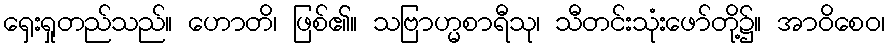
ရှေးရှုတည်သည်။ ဟောတိ၊ ဖြစ်၏။ သဗြာဟ္မစာရီသု၊ သီတင်းသုံးဖော်တို့၌။ အာဝိစေဝ၊